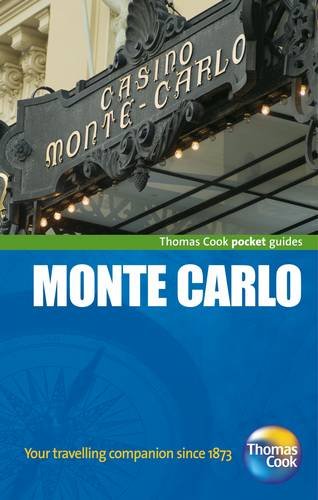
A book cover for Monte Carlo Pocket Guide, 3rd (Thomas Cook Pocket Guides); Thomas Cook Publishing; Travel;